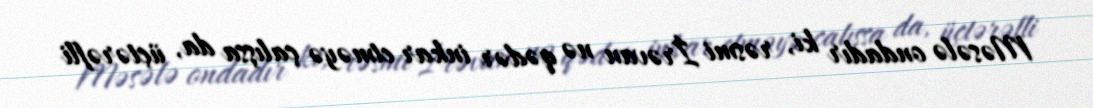
Məsələ ondadır ki, rəsmi İrəvan nə qədər inkar etməyə çalışsa da, üçtərəfli